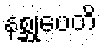
နစ္ဆုပေတိ